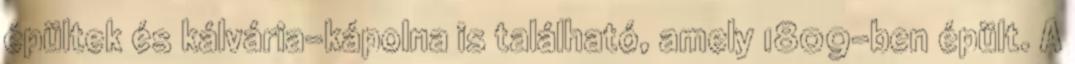
épültek és kálvária-kápolna is található, amely 1809-ben épült. A